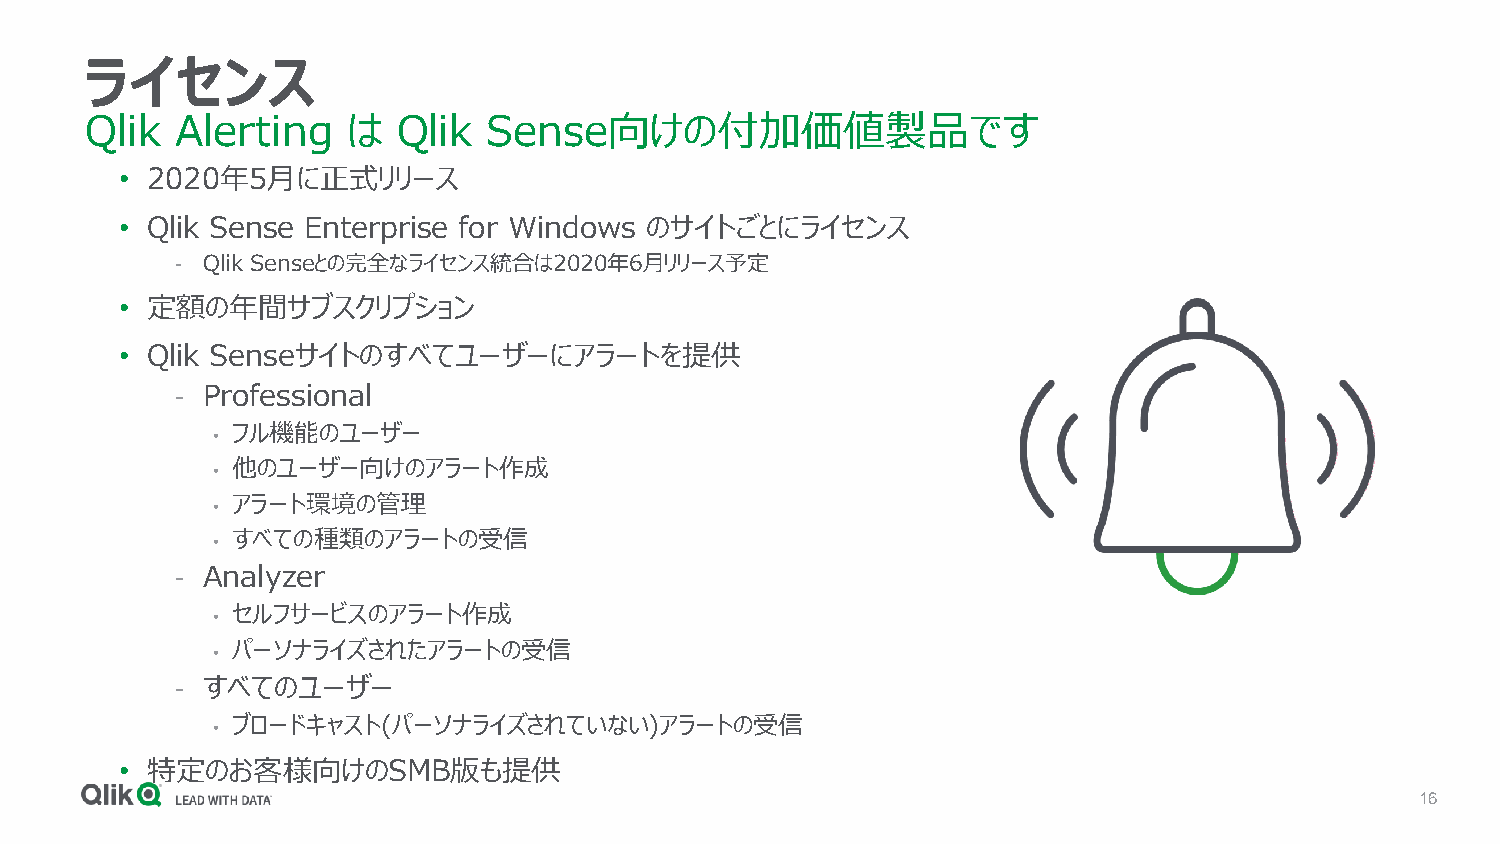
ライセンス
 Qlik  Alerting   は  Qlik  Sense向けの付加価値製品です
 • 2020年5月に正式リリース
 • Qlik Sense Enterprise for Windows のサイトごとにライセンス
 - Qlik Senseとの完全なライセンス統合は2020年6月リリース予定
 • 定額の年間サブスクリプション
 • Qlik Senseサイトのすべてユーザーにアラートを提供
 - Professional
 フル機能のユーザー
 •
 他のユーザー向けのアラート作成
 •
 アラート環境の管理
 •
 すべての種類のアラートの受信
 •
 - Analyzer
 セルフサービスのアラート作成
 •
 パーソナライズされたアラートの受信
 •
 - すべてのユーザー
 ブロードキャスト(パーソナライズされていない)アラートの受信
 •
 • 特定のお客様向けのSMB版も提供
 16